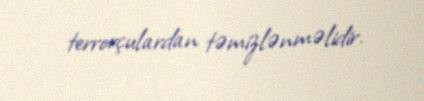
terrorçulardan təmizlənməlidir.